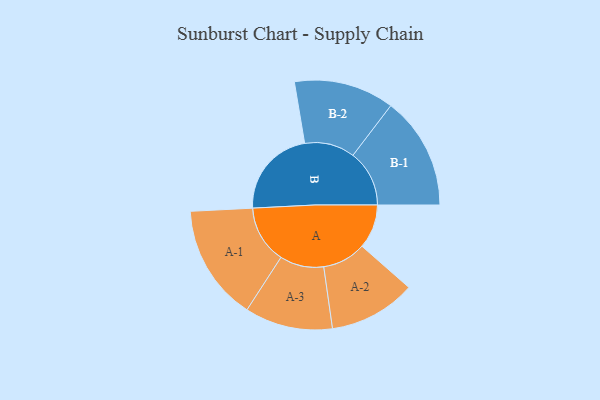
{"axis": {"x": "Segment", "y": "Value"}, "legend": ["", "A", "B"], "data": [{"x": "A", "y": 199, "type": ""}, {"x": "B", "y": 402, "type": ""}, {"x": "A-1", "y": 261, "type": "A"}, {"x": "A-2", "y": 196, "type": "A"}, {"x": "A-3", "y": 198, "type": "A"}, {"x": "B-1", "y": 254, "type": "B"}, {"x": "B-2", "y": 226, "type": "B"}]}